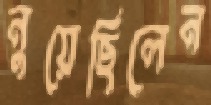
নুয়েছিলেন